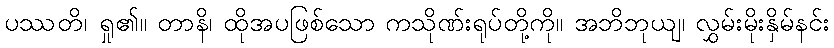
ပဿတိ၊ ရှု၏။ တာနိ၊ ထိုအပဖြစ်သော ကသိုဏ်းရုပ်တို့ကို။ အဘိဘုယျ၊ လွှမ်းမိုးနှိမ်နင်း